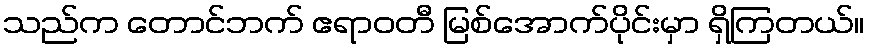
သည်က တောင်ဘက် ဧရာဝတီ မြစ်အောက်ပိုင်းမှာ ရှိကြတယ်။